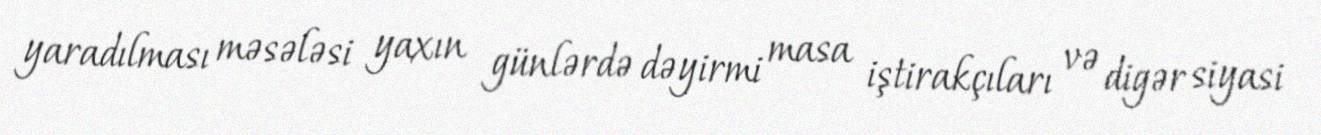
yaradılması məsələsi yaxın günlərdə dəyirmi masa iştirakçıları və digər siyasi